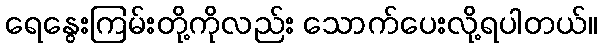
ရေနွေးကြမ်းတို့ကိုလည်း သောက်ပေးလို့ရပါတယ်။